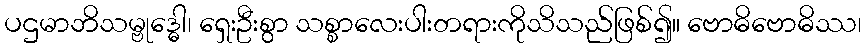
ပဌမာဘိသမ္ဗုဒ္ဓေါ၊ ရှေးဦးစွာ သစ္စာလေးပါးတရားကိုသိသည်ဖြစ်၍။ ဗောဓိဗောဓိဿ၊